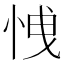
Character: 𢚕